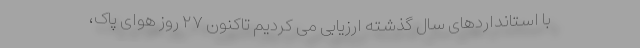
با استانداردهای سال گذشته ارزیابی می کردیم تاکنون ۲۷ روز هوای پاک،